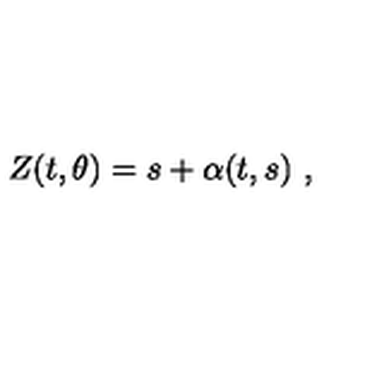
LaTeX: Z ( t , \theta ) = s + \alpha ( t , s ) \ ,